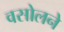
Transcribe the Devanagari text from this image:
वसोलने